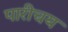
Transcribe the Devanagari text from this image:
पारीचय